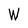
Character: W